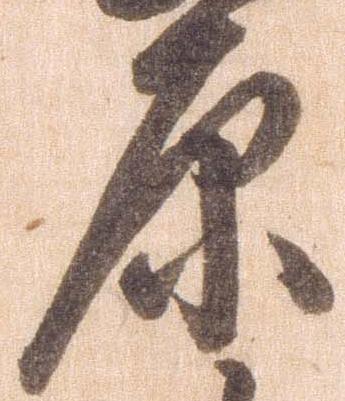
原